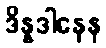
ဒိန္နဒါနေန